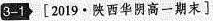
3-1[2019·陕西华阴高一期末〕